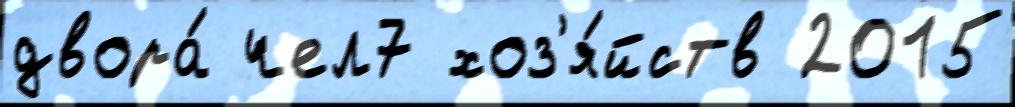
двора́ чел7 хоз'я́йств 2015